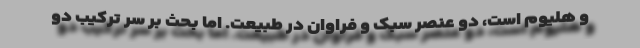
و هلیوم است، دو عنصر سبک و فراوان در طبیعت. اما بحث بر سر ترکیب دو